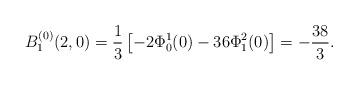
LaTeX: \begin{align*}B_1^{(0)}(2,0)=\frac{1}{3}\left[-2\Phi_0^1(0)-36\Phi_1^2(0)\right]=-\frac{38}{3}.\end{align*}